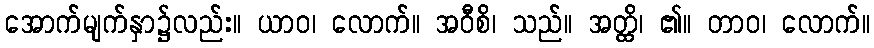
အောက်မျက်နှာ၌လည်း။ ယာဝ၊ လောက်။ အဝီစိ၊ သည်။ အတ္ထိ၊ ၏။ တာဝ၊ လောက်။